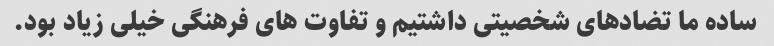
ساده ما تضادهای شخصیتی داشتیم و تفاوت های فرهنگی خیلی زیاد بود.